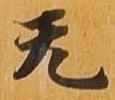
无